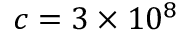
c = 3 \times 1 0 ^ { 8 }